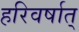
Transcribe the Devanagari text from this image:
हरिवर्षात्